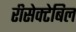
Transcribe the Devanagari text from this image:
रीसेक्टेबिल